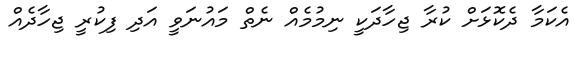
އެކަމާ ދެކޮޅަށް ކުރާ ޖިހާދަކީ ނިމުމެއް ނެތް މައުނަވީ އަދި ފިކުރީ ޖިހާދެއް